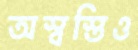
অস্বস্তিও